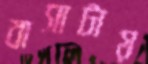
বাসাটায়